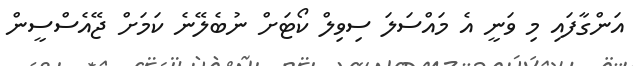
އަންގާފައި މި ވަނީ އެ މައްސަލަ ސިވިލް ކޯޓަށް ނުބެލޭނެ ކަމަށް ޖޭއެސްސީން